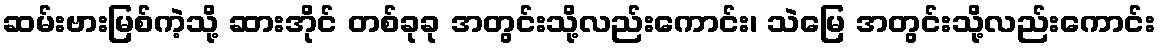
ဆမ်းဗားမြစ်ကဲ့သို့ ဆားအိုင် တစ်ခုခု အတွင်းသို့လည်းကောင်း၊ သဲမြေ အတွင်းသို့လည်းကောင်း